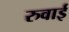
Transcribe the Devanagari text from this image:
रुवाई